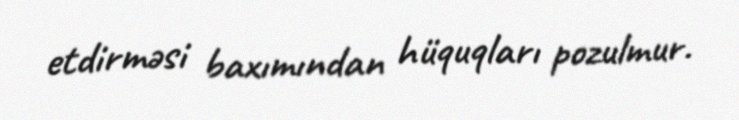
etdirməsi baxımından hüquqları pozulmur.